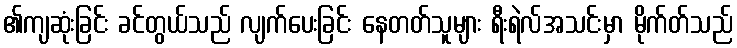
၏ကျဆုံးခြင်း ခင်တွယ်သည် လျက်ပေးခြင်း နေတတ်သူများ ရီးရဲလ်အသင်းမှာ မိုက်တ်သည်